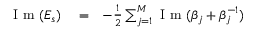
\begin{array} { r l r } { \mathrm { ~ I ~ m ~ } ( E _ { s } ) } & { { } = } & { - \frac { 1 } { 2 } \sum _ { j = 1 } ^ { M } \mathrm { ~ I ~ m ~ } ( \beta _ { j } + \beta _ { j } ^ { - 1 } ) } \end{array}